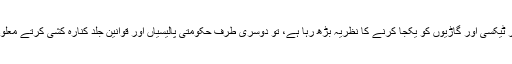
شیئرنگ اور ٹیکسی اور گاڑیوں کو یکجا کرنے کا نظریہ بڑھ رہا ہے، تو دوسری طرف حکومتی پالیسیاں اور قوانین جلد کنارہ کشی کرتے معلوم ہوتے ہیں۔